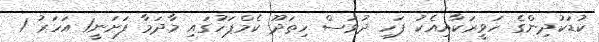
ކުޑަކުދިންގެ ހަވީރަކާއިއެކު ފަހި ދުވަސް ހިތަދޫ ކެމްޕަހުގައި މާދަމާ ފަށަނީ1 އަހަރު 1